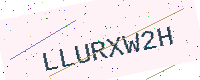
Text: LLURXW2H